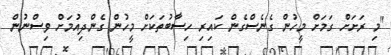
"މި ރަށަށް ގަމަށް މީހުން ގެނެސްގެން ކައިރި ހިސާބުތަކަށް މީހުން ގެންދިއުމަށް ވިސްނުން